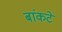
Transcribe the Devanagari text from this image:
बांकटे